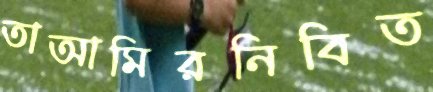
তাআমিরনিবিত